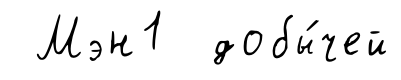
Мэн1 добы́чей